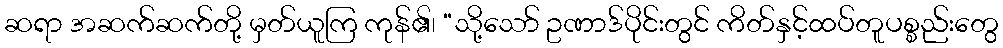
ဆရာ အဆက်ဆက်တို့ မှတ်ယူကြ ကုန်၏၊ “သို့သော် ဥဏာဒ်ပိုင်းတွင် ကိတ်နှင့်ထပ်တူပစ္စည်းတွေ